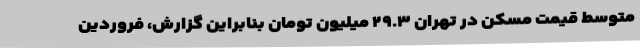
متوسط قیمت مسکن در تهران ۲۹.۳ میلیون تومان بنابراین گزارش، فروردین